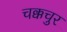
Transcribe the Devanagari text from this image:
चक्कचुर